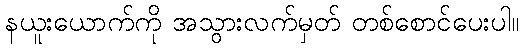
နယူးယောက်ကို အသွားလက်မှတ် တစ်စောင်ပေးပါ။